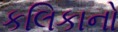
કલિકાનો